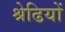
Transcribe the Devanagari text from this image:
श्रेढियों